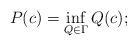
LaTeX: \begin{align*}P(c)=\inf_{Q\in\Gamma}Q(c);\end{align*}